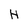
Character: H